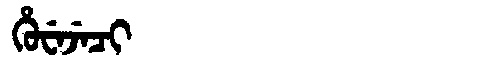
Manchu: ᡥᡠᠸᡝᠵᡝᠴᡳ
Romanization: HUWEJECI